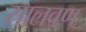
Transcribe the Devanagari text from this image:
सालवण